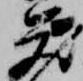
蔵